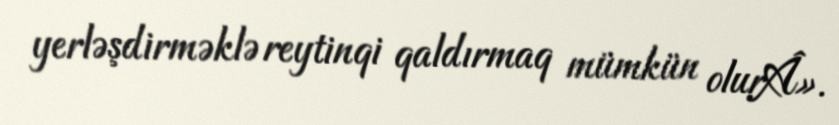
yerləşdirməklə reytinqi qaldırmaq mümkün olurÂ».